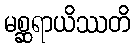
မစ္ဆရာယိဿတိ